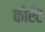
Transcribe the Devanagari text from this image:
कोरंट